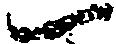
一